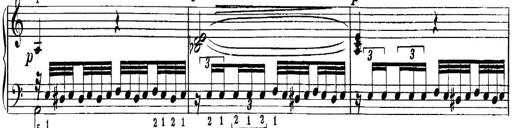
Title: Quatres sonatines
Composer: Tadeusz Joteyko